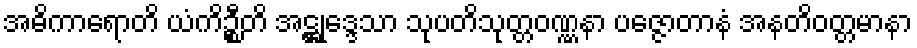
အဓိကာရောတိ ယံကိဉ္စီတိ အဋ္ဌုဒ္ဒေသာ သုပတိသုတ္တဝဏ္ဏနာ ပဇ္ဇောတာနံ အနတိဝတ္တမာနာ